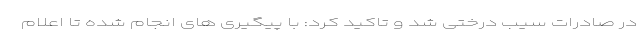
در صادرات سیب درختی شد و تاکید کرد: با پیگیری های انجام شده تا اعلام